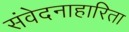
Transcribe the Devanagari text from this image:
संवेदनाहारिता